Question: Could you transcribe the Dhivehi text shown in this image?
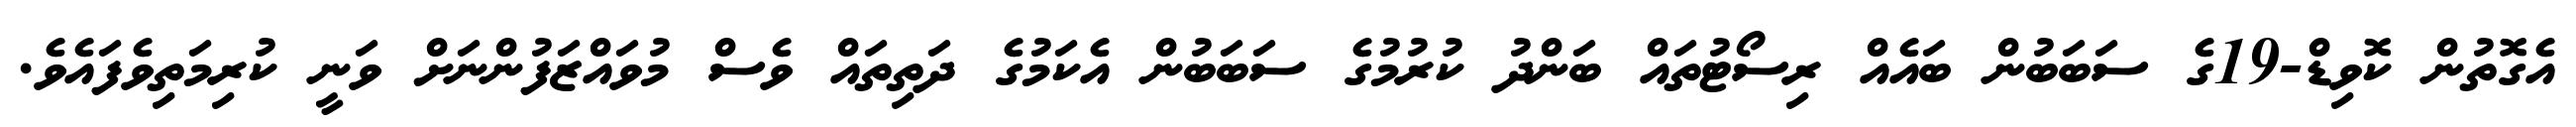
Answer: އެގޮތުން ކޮވިޑް-19ގެ ސަބަބުން ބައެއް ރިސޯޓުތައް ބަންދު ކުރުމުގެ ސަބަބުން އެކަމުގެ ދަތިތައް ވެސް މުވައްޒަފުންނަށް ވަނީ ކުރިމަތިވެފައެވެ.